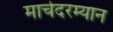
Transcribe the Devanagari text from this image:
मार्चदरम्यान